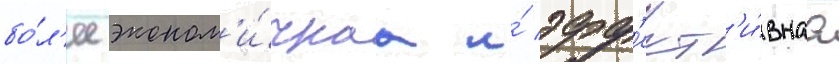
бо́л'ее эконом'и́чнаа и́ эфф'ект'и́внаа